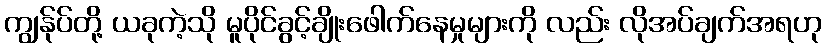
ကျွန်ုပ်တို့ ယခုကဲ့သို မူပိုင်ခွင့်ချိုးဖေါက်နေမှုများကို လည်း လိုအပ်ချက်အရဟု